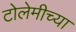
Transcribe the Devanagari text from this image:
टोलेमीच्या